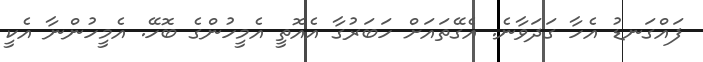
ފައްގަނޑު އެހާ ގަދަވާނެ. އެގޭތައަށް ހަބަރުގާ އެއޮތީ އެމީހުންގެ ބޮހޭ. އެމީހުންނާ އެކީ